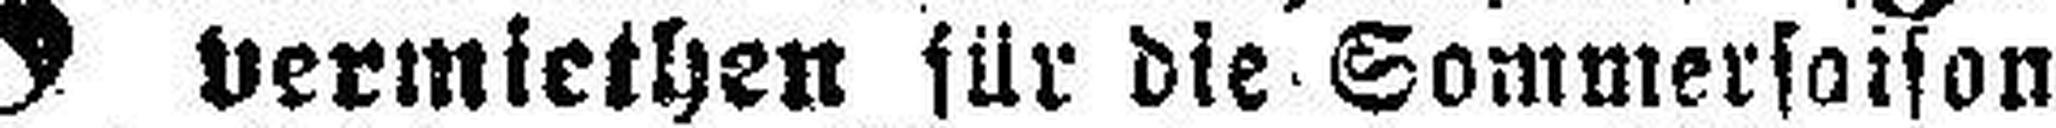
vermiethen für die Sommersoison